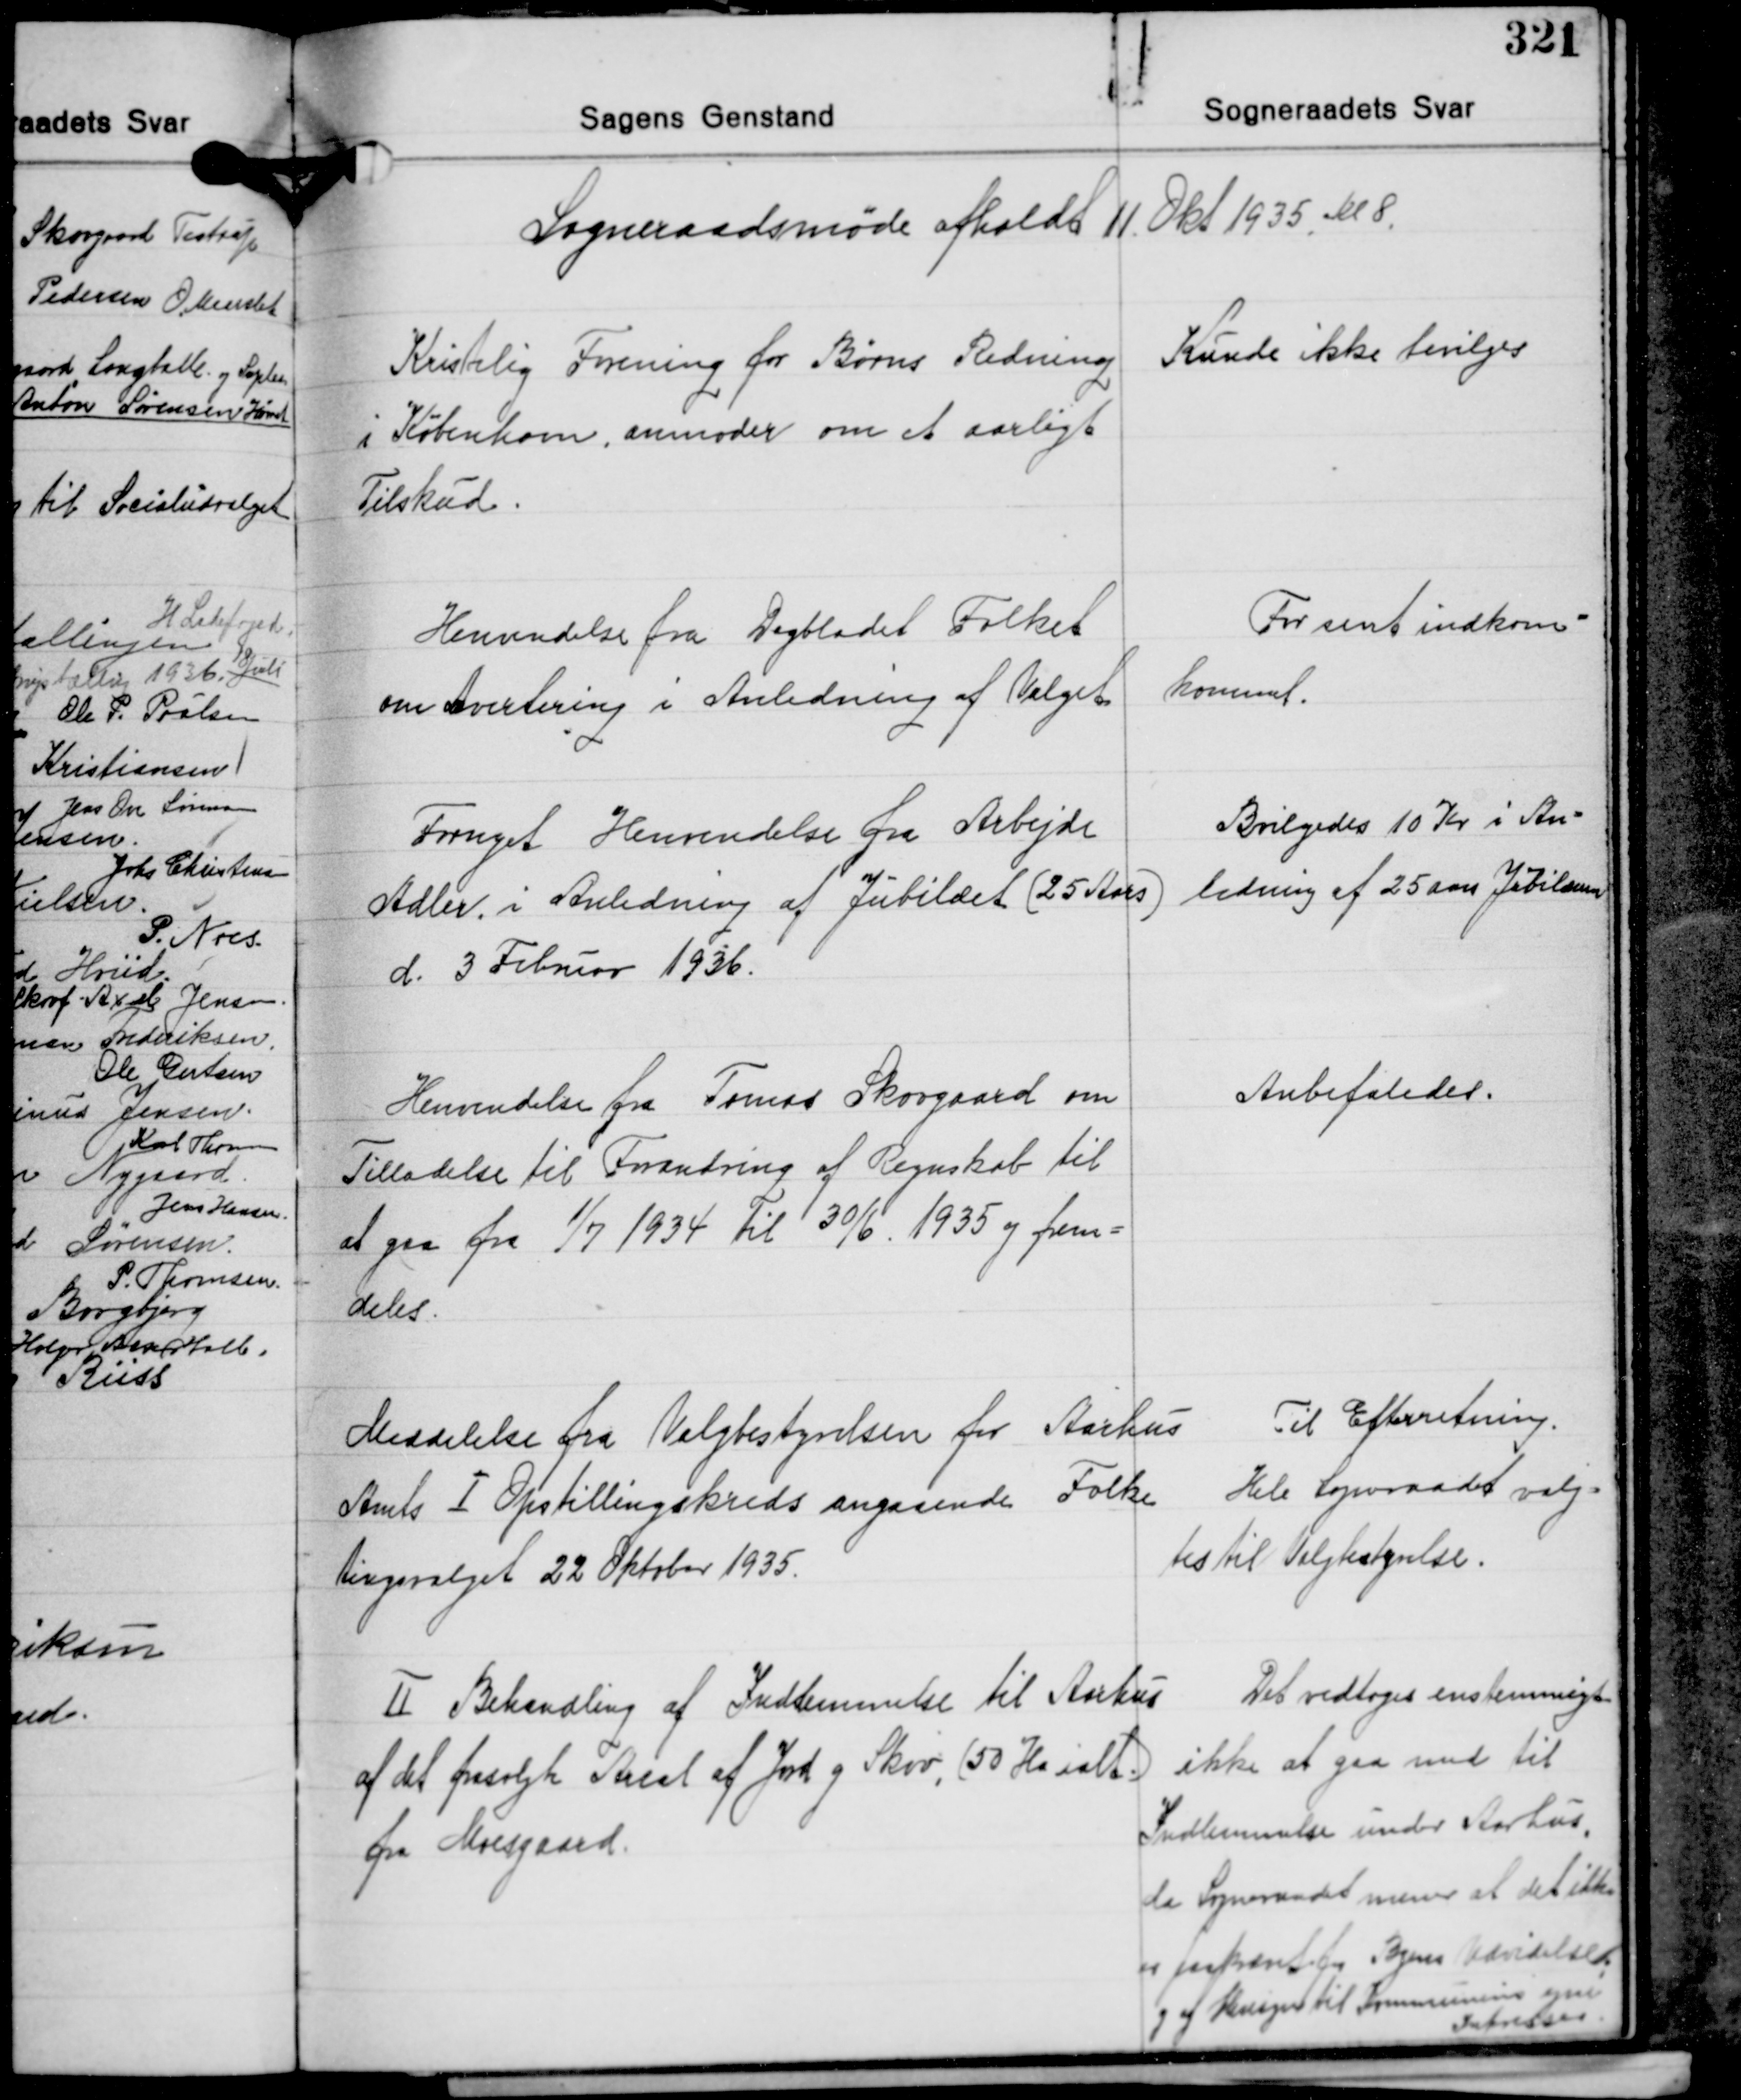
Transskription:
Sogneraadsmøde afholdt 11. Okt. 1935 Kl. 8

Kristelig Forening for Børns Redning
i København, anmoder om et aarligt
Tilskud.

Kunde ikke bevilges

Henvendelse fra Dagbladet Folket
om Avertering i Anledning af Valget

For sent indkom-
kommet.

Fornyet Henvendelse fra Arbejde
Adler i Anledning af Jubilæet (25 Aars)
d. 3 Februar 1936.

Bevilgedes 10 Kr. i An-
ledning af 25 aars Jubilæum

Henvendelse fra Tomas Skovgaard om
Tilladelse til Forandring af Regnskab til
at gaa fra 1/7 1934 til 30/6. 1935 og frem-
deles.

Anbefaledes.

Meddelelse fra Valgbestyrelsen for Aarhus
Amts Ⅰ Opstillingskreds angaaende Folke-
tingsvalget 22 Oktober 1935.

Til Efterretning.
Hele Sogneraadet valg-
tes til Valgbestyrelse.

Ⅱ Behandling af Indlemmelse til Aarhus
af det frasolgte Areal af Jord og Skov, (50 Ha ialt)
fra Moesgaard

Det vedtoges enstemmigt
ikke at gaa med til
Indlemmelse under Aarhus,
da Sogneraadet mener at det ikke
er paakrævet for Byens Udvidelse
og af Hensyn til Kommunens egne
Interesser.